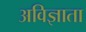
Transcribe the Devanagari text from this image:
अविज्ञाता